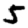
Digit: 5